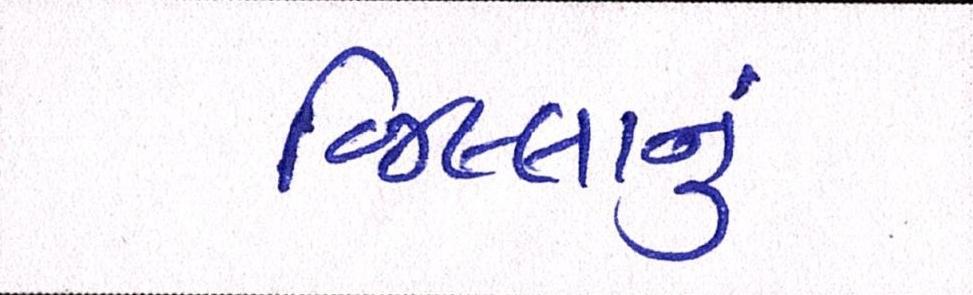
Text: જિલ્લાનું